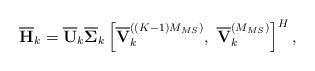
LaTeX: \begin{align*} \overline{\mathbf{H}}_k = \overline{\mathbf{U}}_k \overline{\mathbf{\Sigma}}_k \left[\overline{\mathbf{V}}_k^{((K-1)M_{MS})},~\overline{\mathbf{V}}_k^{(M_{MS})}\right]^H,\end{align*}